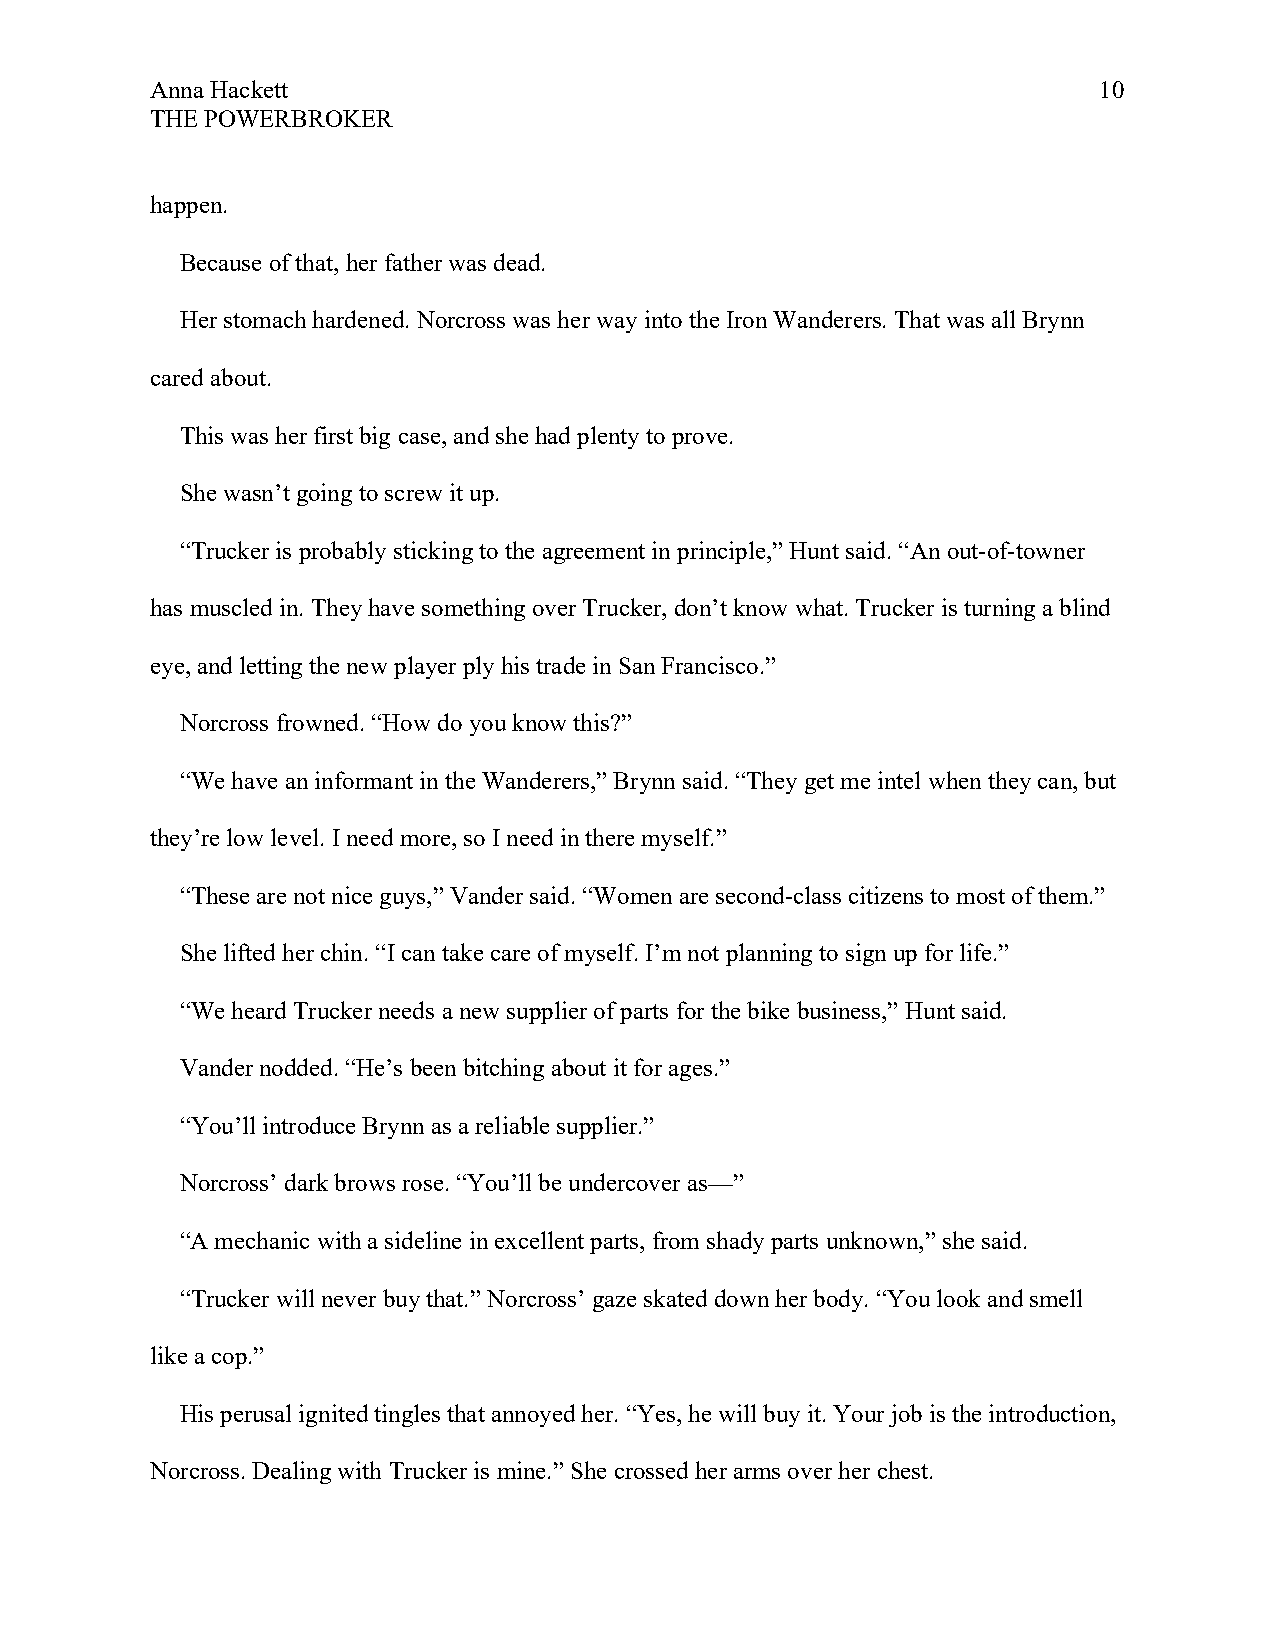
Anna Hackett                                                   10
 THE POWERBROKER
 happen.
 Because of that, her father was dead.
 Her stomach hardened. Norcross was her way into the Iron Wanderers. That was all Brynn
 cared about.
 This was her first big case, and she had plenty to prove.
 She wasn’t going to screw it up.
 “Trucker is probably sticking to the agreement in principle,” Hunt said. “An out-of-towner
 has muscled in. They have something over Trucker, don’t know what. Trucker is turning a blind
 eye, and letting the new player ply his trade in San Francisco.”
 Norcross frowned. “How do you know this?”
 “We have an informant in the Wanderers,” Brynn said. “They get me intel when they can, but
 they’re low level. I need more, so I need in there myself.”
 “These are not nice guys,” Vander said. “Women are second-class citizens to most of them.”
 She lifted her chin. “I can take care of myself. I’m not planning to sign up for life.”
 “We heard Trucker needs a new supplier of parts for the bike business,” Hunt said.
 Vander nodded. “He’s been bitching about it for ages.”
 “You’ll introduce Brynn as a reliable supplier.”
 Norcross’ dark brows rose. “You’ll be undercover as—”
 “A mechanic with a sideline in excellent parts, from shady parts unknown,” she said.
 “Trucker will never buy that.” Norcross’ gaze skated down her body. “You look and smell
 like a cop.”
 His perusal ignited tingles that annoyed her. “Yes, he will buy it. Your job is the introduction,
 Norcross. Dealing with Trucker is mine.” She crossed her arms over her chest.